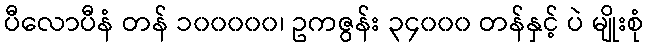
ပီလောပီနံ တန် ၁၀၀၀၀၀၊ ဥကဇွန်း ၃၄၀၀၀ တန်နှင့် ပဲ မျိုးစုံ